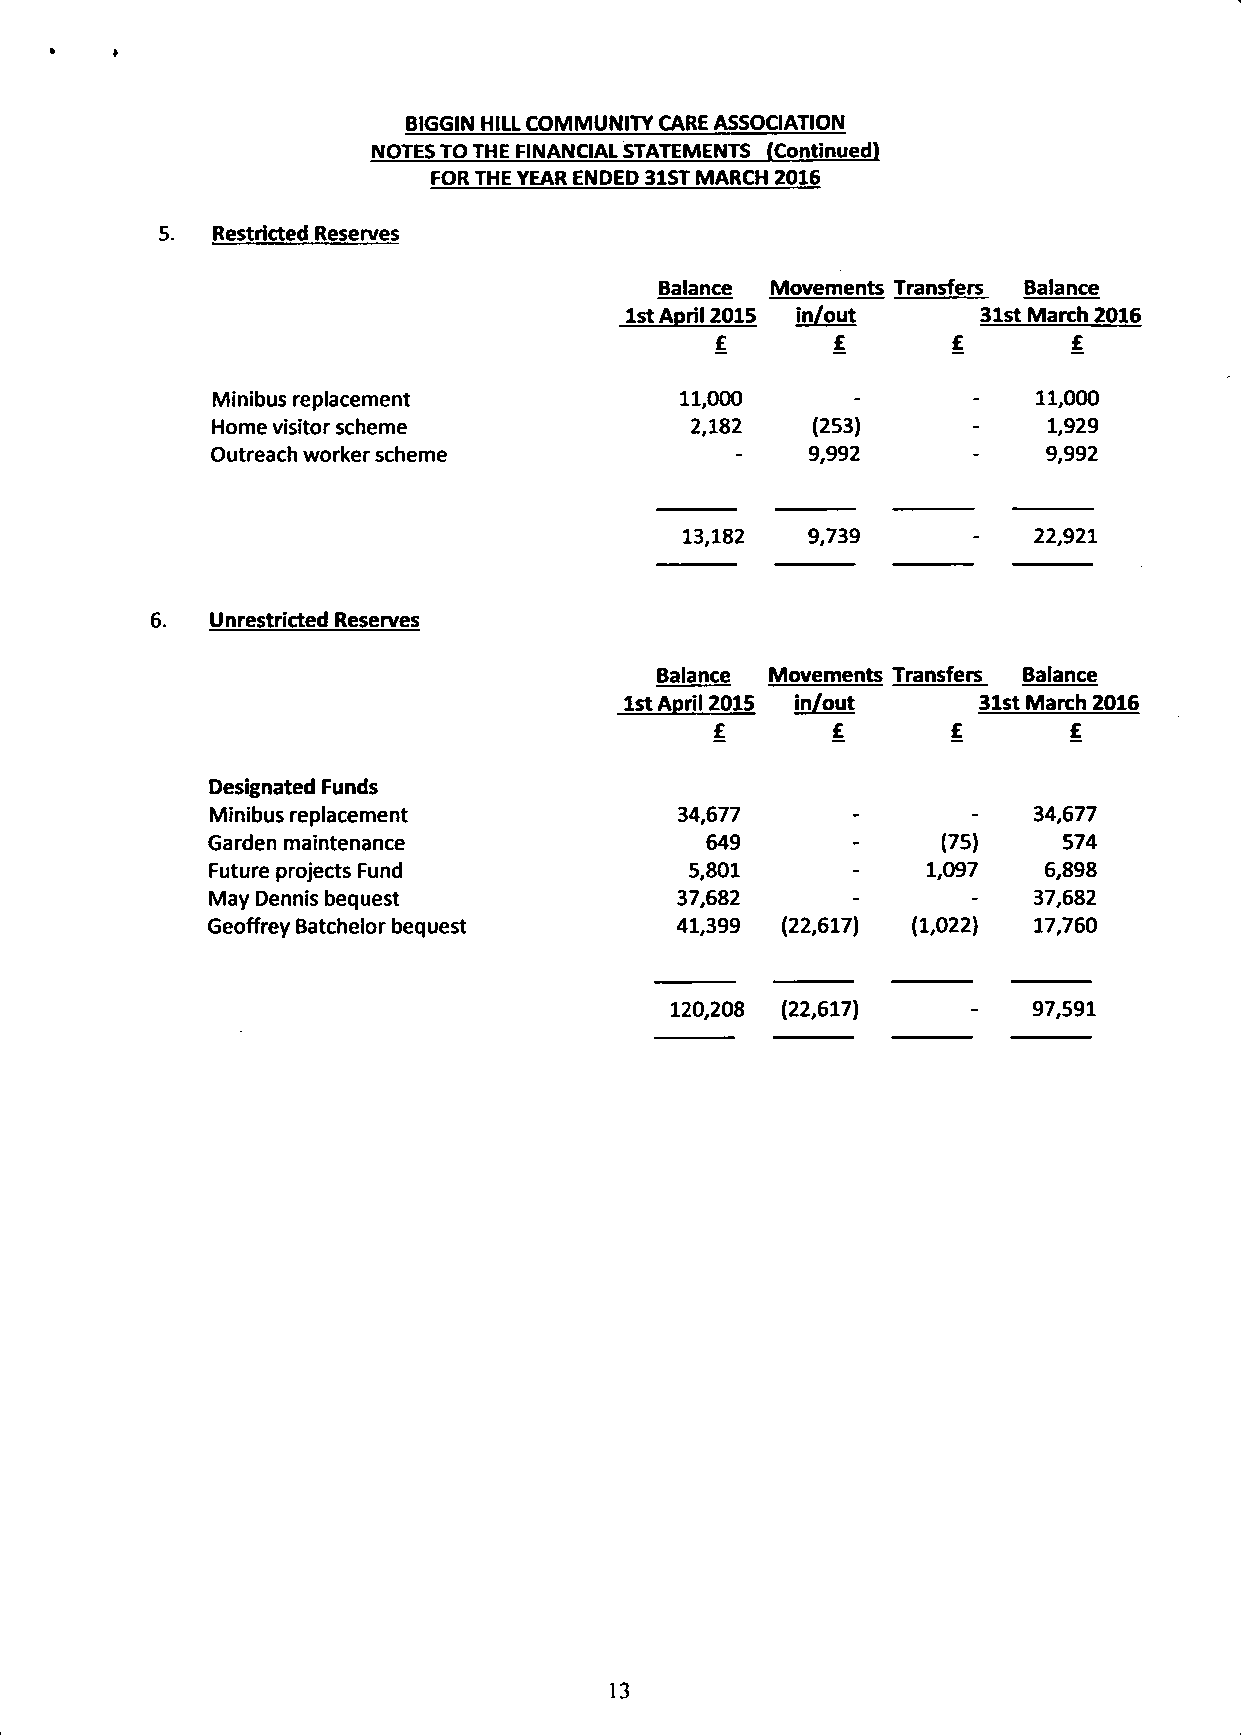
BIGGIN HILL COMMUNITY CARE ASSOCIATION
 NOTES TO THE FINANCIAL STATEMENTS (Continued)
 FOR THE YEAR ENDED 31ST MARCH 2016
 Restricted Reserves
 Balance Movements Transfers Baiance
 1st April 2015 in/out   31st March 2016
 £       £               £
 Minibus replacement            11,000                  11,000
 Home visitor scheme             2,182   (253)          1,929
 Outreach worker scheme                 9,992           9,992
 13,182   9,739         22,921
 Unrestricted Reserves
 Balance Movements Transfers Balance
 1st April 2015 in/out   31st March 2016
 £       £       £       £
 Designated Funds
 Minibus replacement            34,677                 34,677
 Garden maintenance               649            (75)    574
 Future projects Fund            5,801          1,097   6,898
 May Dennis bequest             37,682                 37,682
 Geoffrey Batchelor bequest     41,399 (22,617) (1,022) 17,760
 120,208 (22,617)        97,591
 13